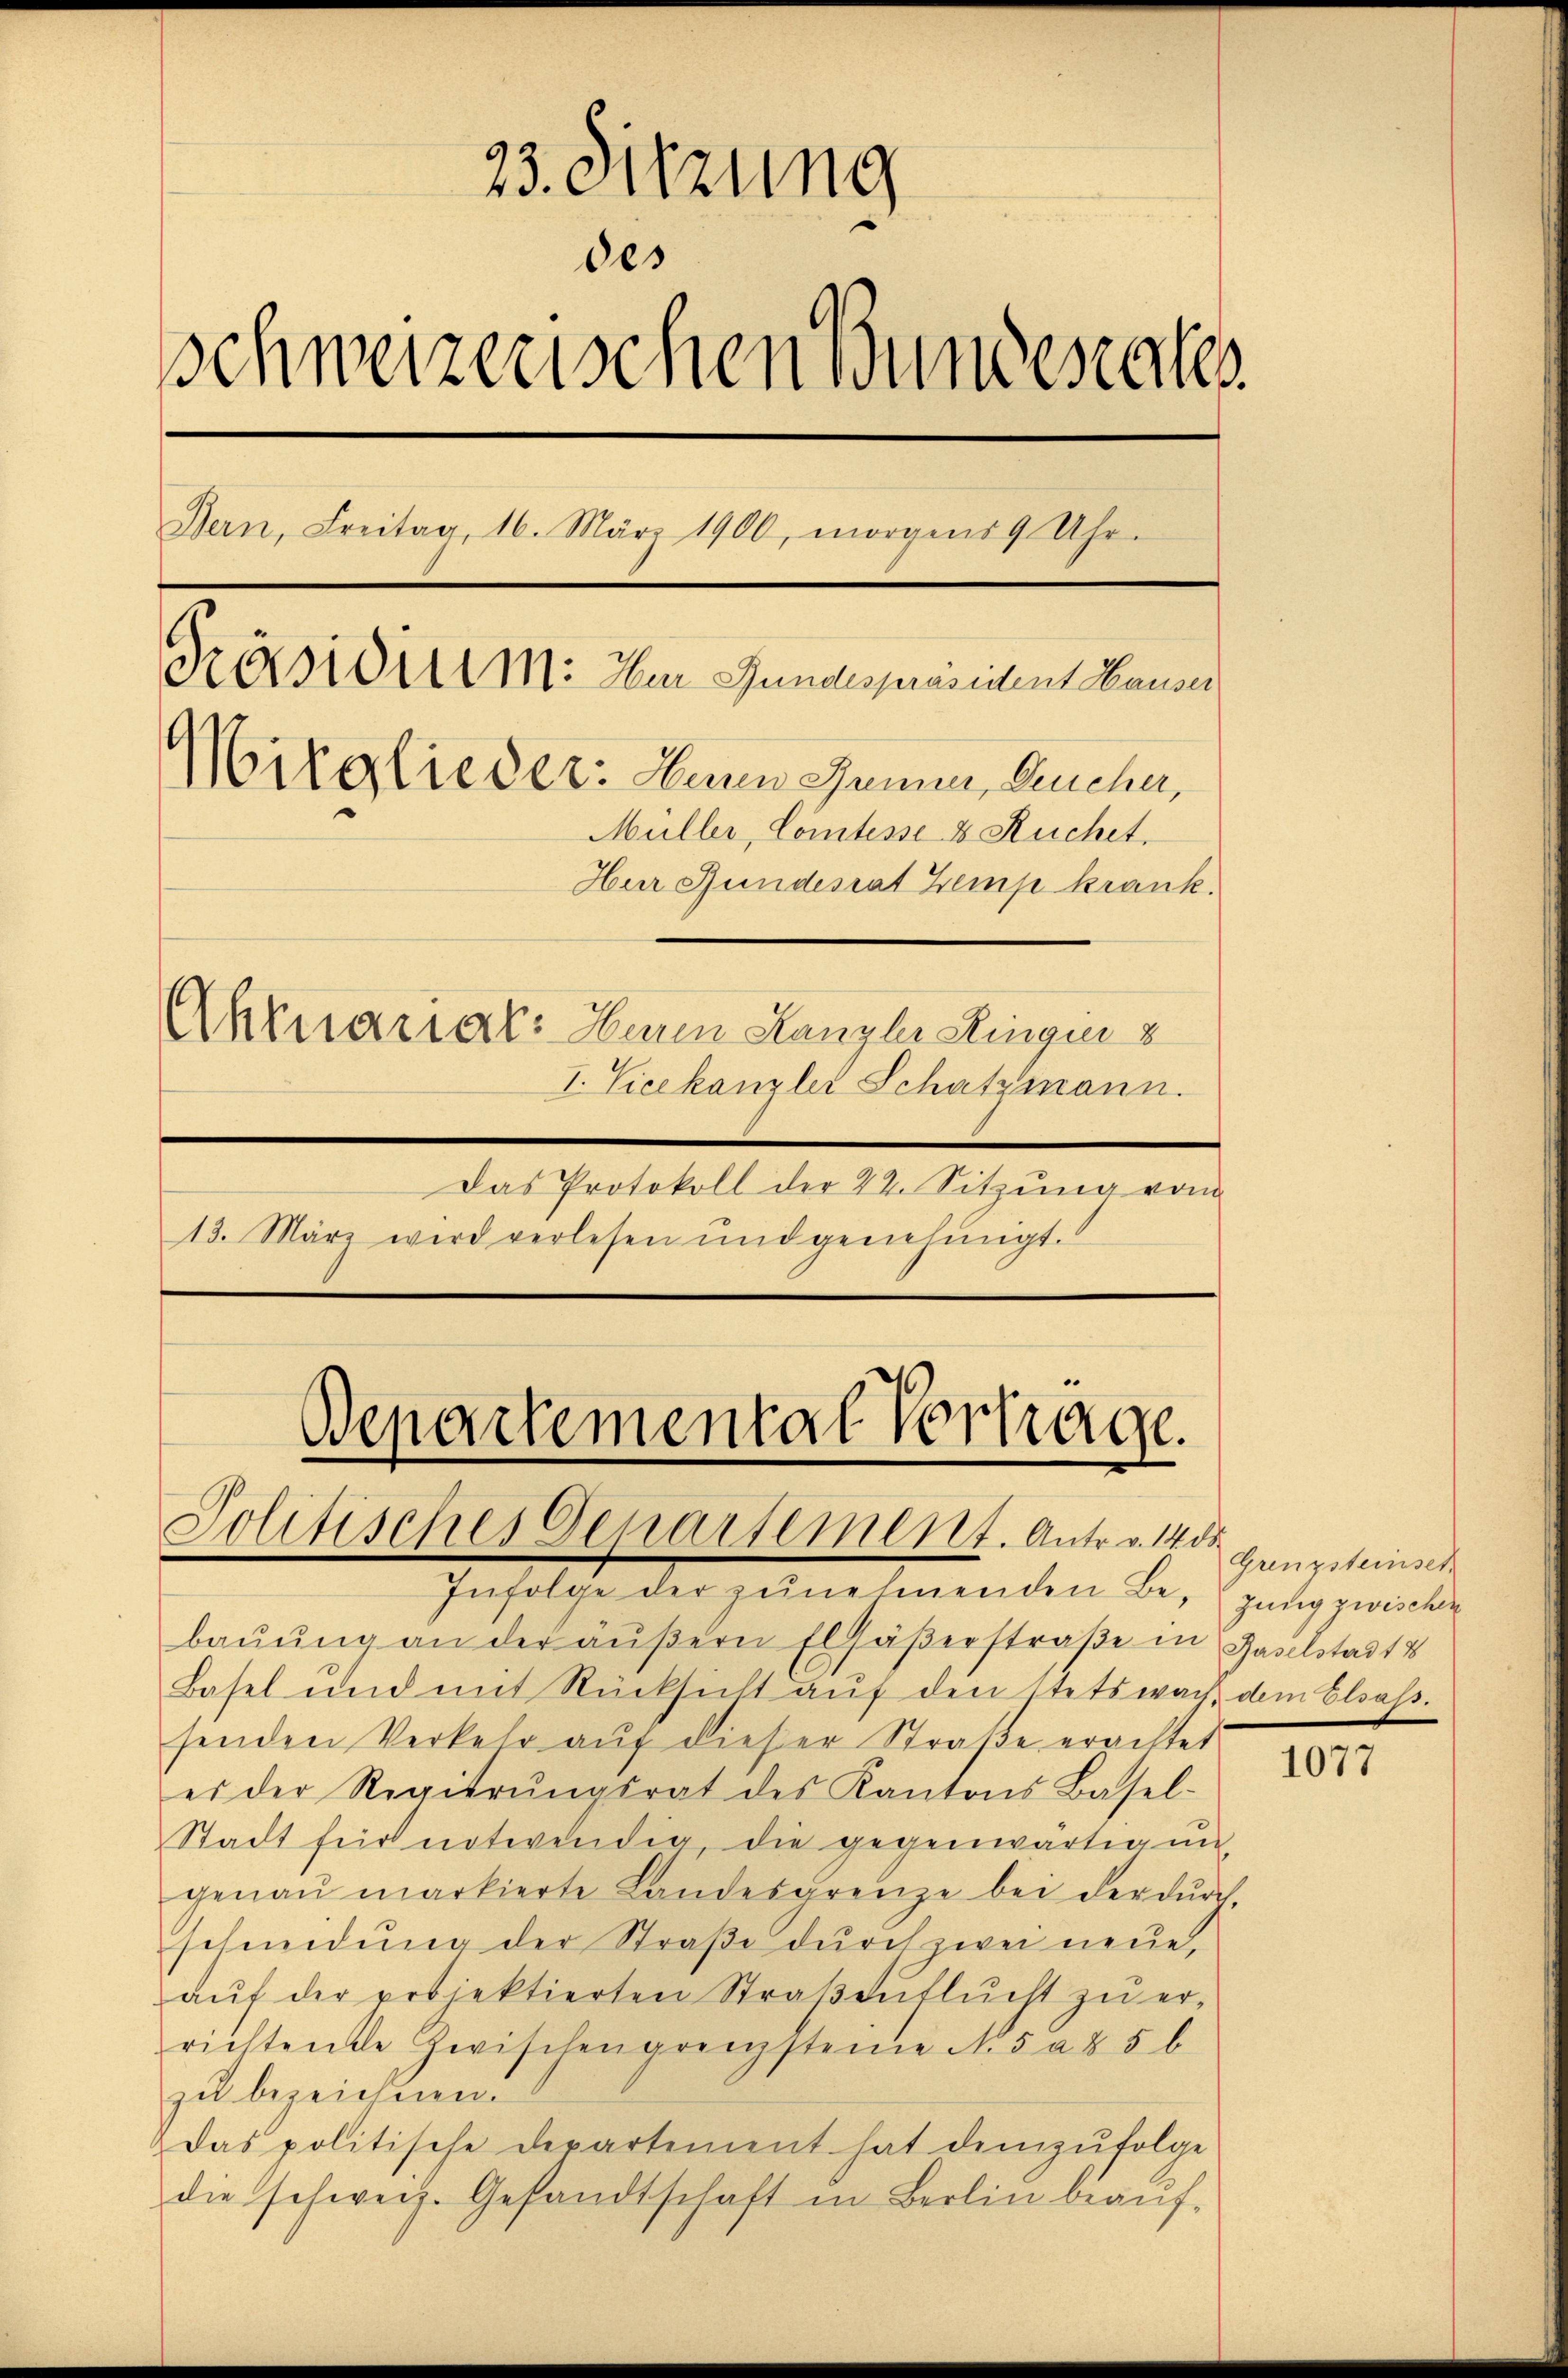
23. Sitzung
des
Schweizerischen Bundeseckes
Bern, Freitag, 16. März 1900, morgens 9 Uhr.
Präsidium. Im Gundespräsident Hauser
Mitglieder: Herren Jenner, Bucher,
Müller, Comtesse & Ruchet
Hur Hundesrat Zemp krank.
Aktuariat: Herren Kanzler Ringer 8
I. Vicekanzlei Schatzmann.
Das Protokoll der 22. Sitzung von
13. März wird verlesen und genehmigt.

Departemental Vorträge.
Politisches Departement. Antr. v. 140 ganzsteinset

Infolge der zŭnehmenden Begang zwischen
baŭŭng an der äŭβern Elsäβerstraβe in Gaselstadt
Basel und mit Rücksicht aŭf den stets wach dem Elsass.
senden Verkehr aŭf dieser Straβe erachtet
es der Regierŭngsrat des Kantons Basel-
Stadt für notwendig, die gegenwärtigŭn
genaŭ markierte Landesgrenze bei der dŭrch
scheidŭng der Straβe dŭrch zwei neue,
aŭf der projektierten Straβenflŭcht zŭ er-
richtende Zwischengrenzsteine No 5 a 85 b
zu bezeichnen.
das politische Departement hat demzŭfolge
die schweiz. Gesandtschaft in Berlin beaŭf-

1077